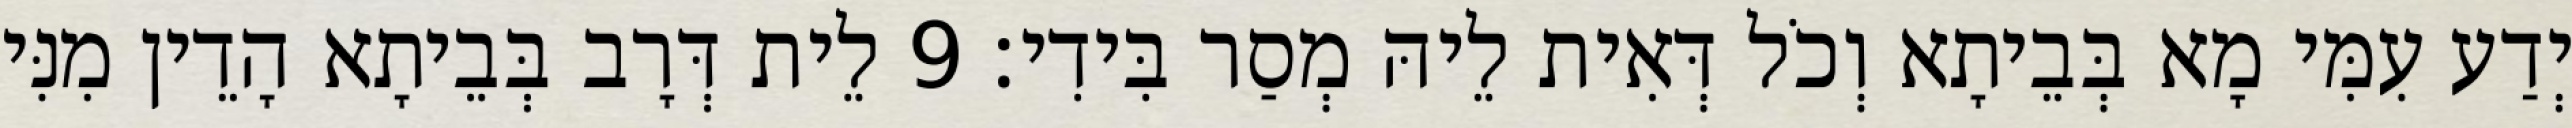
יְדַע עִמִּי מָא בְּבֵיתָא וְכֹל דְּאִית לֵיהּ מְסַר בִּידִי׃ 9 לֵית דְּרָב בְּבֵיתָא הָדֵין מִנִּי